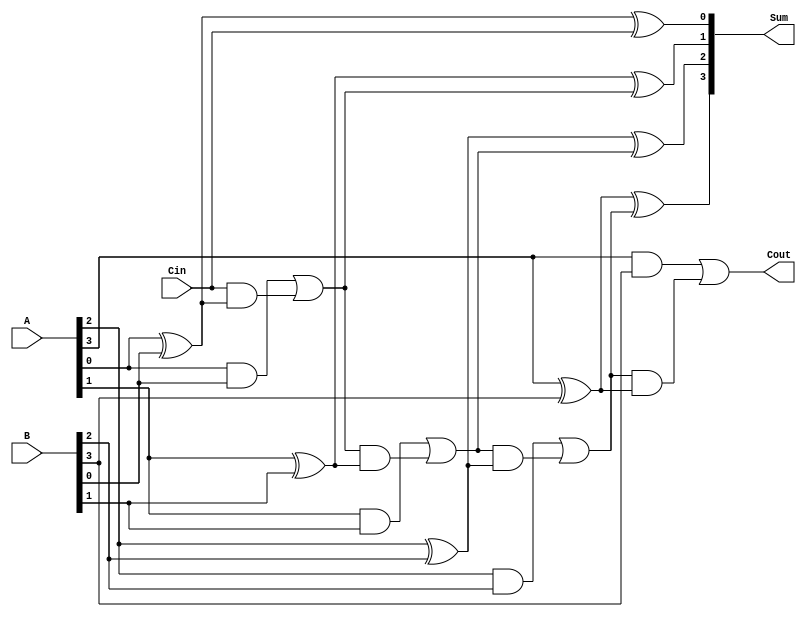
module ParallelFullAdder #(
    parameter N = 4  // You can define N as per your requirement
)(
    input  wire [N-1:0] A,    // N-bit input A
    input  wire [N-1:0] B,    // N-bit input B
    input  wire Cin,           // Carry input
    output wire [N-1:0] Sum,   // N-bit sum output
    output wire Cout           // Carry output
);

    wire [N:0] carry; // Carry array to hold carry outputs for each bit

    assign carry[0] = Cin; // Set initial carry input for the least significant bit

    genvar i;
    generate
        for (i = 0; i < N; i = i + 1) begin : full_adder
            // Sum calculation
            assign Sum[i] = A[i] ^ B[i] ^ carry[i];
            // Carry calculation
            assign carry[i + 1] = (A[i] & B[i]) | (carry[i] & (A[i] ^ B[i]));
        end
    endgenerate

    assign Cout = carry[N]; // Final carry output from the last full adder

endmodule